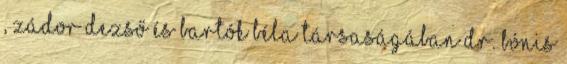
, Zádor Dezső és Bartók Béla társaságában Dr. Bónis